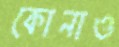
কোনাও